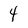
Character: 4